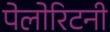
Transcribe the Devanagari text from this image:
पेलोरिटनी